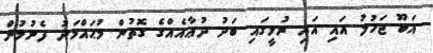
އަބޫ ޖަހުލު އައި އައި ރުޅީގައި ބަދު ދުޢާއެއްގެ ގޮތުން މުޙައްމަދު ފެނުމުން